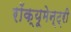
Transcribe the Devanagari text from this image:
रॉक्यूमेन्ट्री